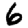
Digit: 6